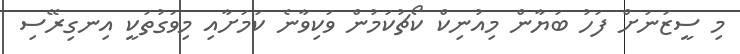
މި ސީޒަނަށް ފަހު ބަޔާން މިއުނިކް ކޯޗުކަމުން ވަކިވާނެ ކަމަށާއި މިވަގުތަކީ އިނގިރޭސި